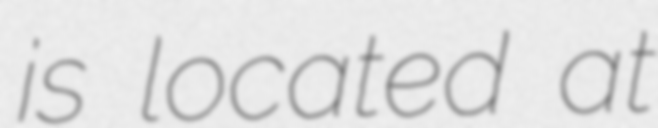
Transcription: is located at